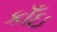
કાઁઇ